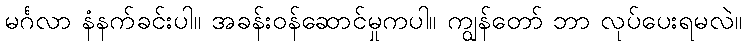
မင်္ဂလာ နံနက်ခင်းပါ။ အခန်းဝန်ဆောင်မှုကပါ။ ကျွန်တော် ဘာ လုပ်ပေးရမလဲ။